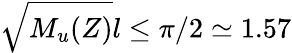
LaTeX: \sqrt{M_{u}(Z)}l\le\pi/2\simeq 1.57